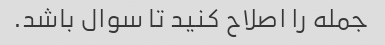
جمله را اصلاح کنید تا سوال باشد.